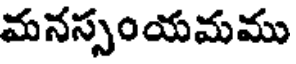
మనస్సంయమము